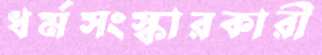
ধর্মসংস্কারকারী